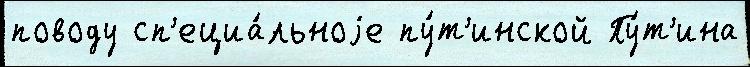
поводу сп'ециа́льноjе пу́т'инской Пу́т'ина